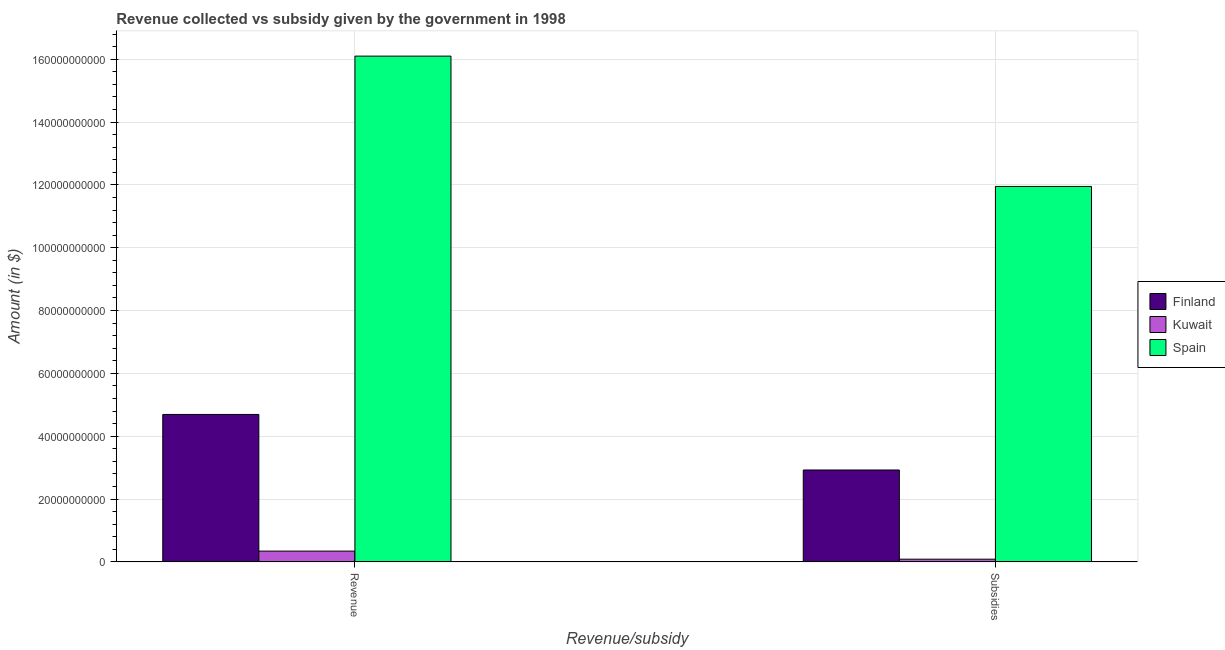
| Revenue/subsidy | Finland | Kuwait | Spain |
 | --- | --- | --- | --- |
 | Revenue | 4.69e+10 | 3.44e+09 | 1.61e+11 |
 | Subsidies | 2.93e+10 | 8.65e+08 | 1.2e+11 |